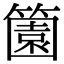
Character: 𬕶